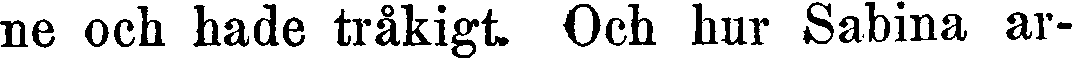
ne och hade tråkigt. Och hur Sabina ar-